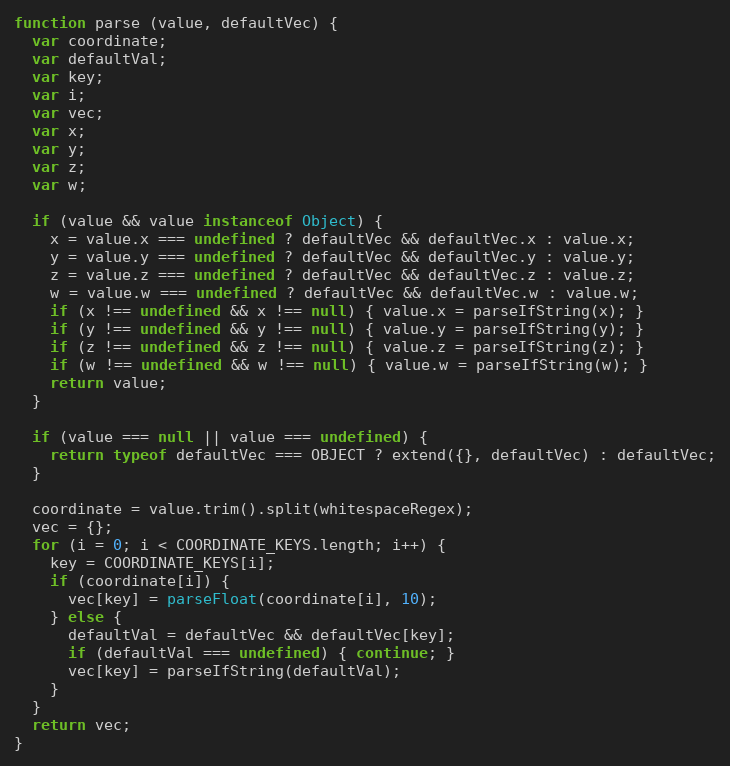
Language: JavaScript
function parse (value, defaultVec) {
  var coordinate;
  var defaultVal;
  var key;
  var i;
  var vec;
  var x;
  var y;
  var z;
  var w;

  if (value && value instanceof Object) {
    x = value.x === undefined ? defaultVec && defaultVec.x : value.x;
    y = value.y === undefined ? defaultVec && defaultVec.y : value.y;
    z = value.z === undefined ? defaultVec && defaultVec.z : value.z;
    w = value.w === undefined ? defaultVec && defaultVec.w : value.w;
    if (x !== undefined && x !== null) { value.x = parseIfString(x); }
    if (y !== undefined && y !== null) { value.y = parseIfString(y); }
    if (z !== undefined && z !== null) { value.z = parseIfString(z); }
    if (w !== undefined && w !== null) { value.w = parseIfString(w); }
    return value;
  }

  if (value === null || value === undefined) {
    return typeof defaultVec === OBJECT ? extend({}, defaultVec) : defaultVec;
  }

  coordinate = value.trim().split(whitespaceRegex);
  vec = {};
  for (i = 0; i < COORDINATE_KEYS.length; i++) {
    key = COORDINATE_KEYS[i];
    if (coordinate[i]) {
      vec[key] = parseFloat(coordinate[i], 10);
    } else {
      defaultVal = defaultVec && defaultVec[key];
      if (defaultVal === undefined) { continue; }
      vec[key] = parseIfString(defaultVal);
    }
  }
  return vec;
}